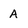
Character: A